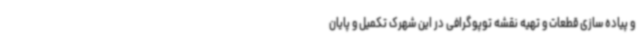
و پیاده سازی قطعات و تهیه نقشه توپوگرافی در این شهرک تکمیل و پایان